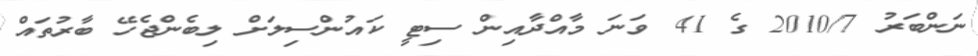
ނަންބަރު 2010/7 ގެ 41 ވަނަ މާއްދާއިން ސިޓީ ކައުންސިލަށް ލިބެންޖެހޭ ބާރުތައް